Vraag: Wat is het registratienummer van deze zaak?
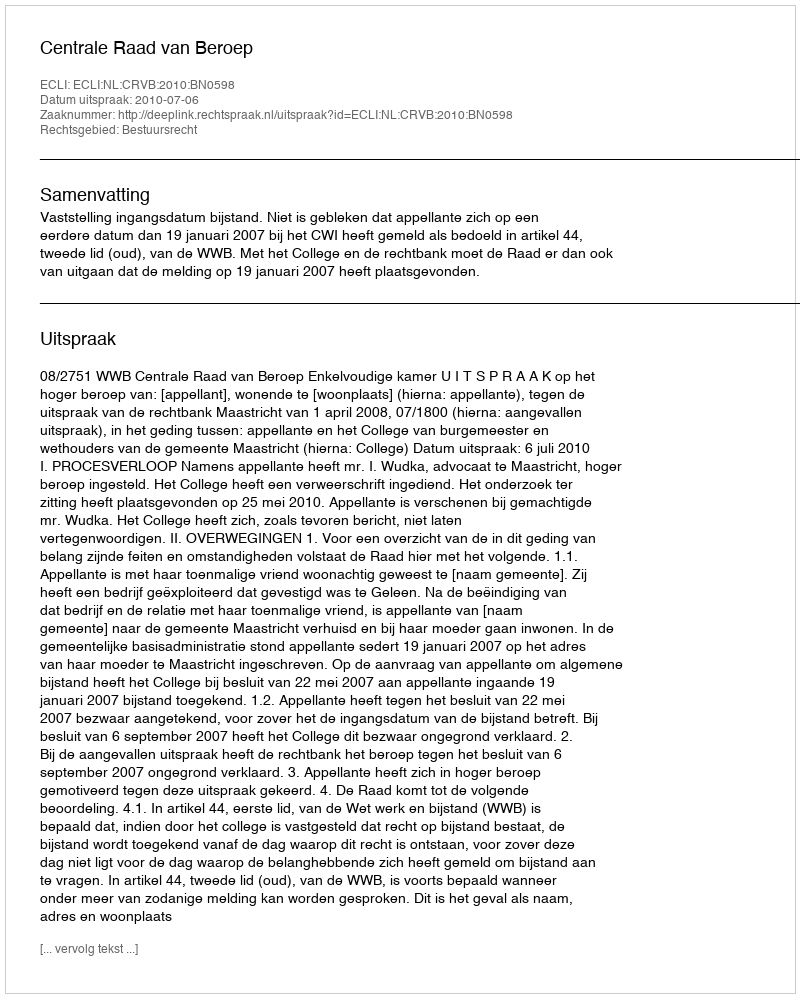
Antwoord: http://deeplink.rechtspraak.nl/uitspraak?id=ECLI:NL:CRVB:2010:BN0598